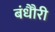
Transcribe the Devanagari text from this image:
बंधौैरी